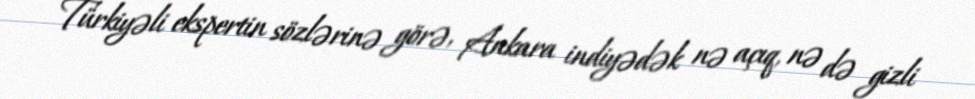
Türkiyəli ekspertin sözlərinə görə, Ankara indiyədək nə açıq, nə də gizli